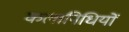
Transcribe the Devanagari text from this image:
कलानिधियों